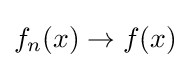
f_{n}(x)\to f(x)